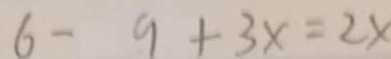
6 - 9 + 3 x = 2 x